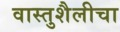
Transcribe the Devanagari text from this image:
वास्तुशैलीचा